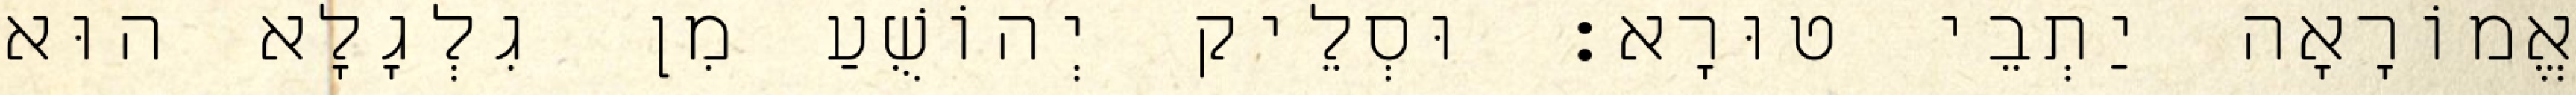
אֱמוֹרָאָה יַתְבֵי טוּרָא׃ וּסְלֵיק יְהוֹשֻׁעַ מִן גִלְגָלָא הוּא